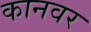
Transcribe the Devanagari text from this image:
कानवर